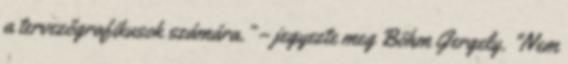
a tervezőgrafikusok számára.” – jegyezte meg Böhm Gergely. "Nem